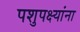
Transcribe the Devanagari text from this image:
पशुपक्ष्यांना